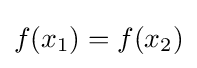
f(x_{1})=f(x_{2})